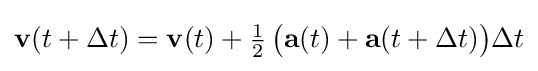
\mathbf {v} (t+\Delta t)=\mathbf {v} (t)+{\tfrac {1}{2}}\,{\bigl (}\mathbf {a} (t)+\mathbf {a} (t+\Delta t){\bigr )}\Delta t